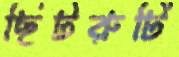
ছিটরুটি